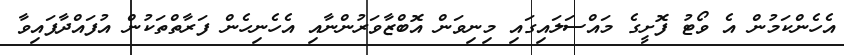
އެހެންކަމުން އެ ވޯޓު ފޮށީގެ މައްސަލައިގައި މިނިވަން އޮބްޒާވަރުންނާއި އެހެނިހެން ފަރާތްތަކުން އުފައްދާފައިވާ